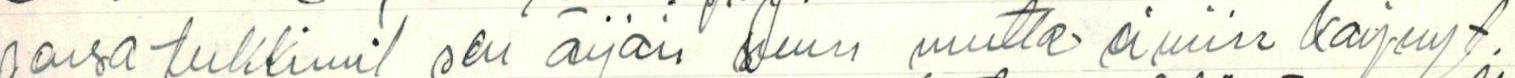
sensa tukkinut sen äijän suun mutta ei niin käynyt.